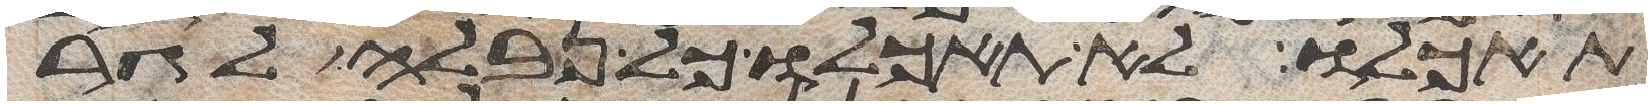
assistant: תאכלו לא תאכלו כל נבלה לגר